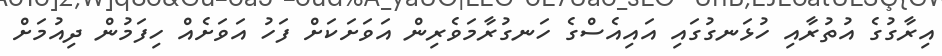
އިރާގުގެ އުތުރާއި ހުޅަނގުގައި އައިއެސްގެ ހަނގުރާމަވެރިން އަވަށަކަށް ފަހު އަވަށެއް ހިފަމުން ދިއުމަށް